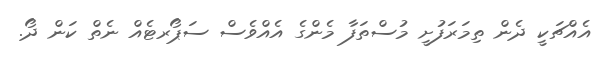
އެއްޗަކީ ދެން ތިމަރަފުށީ މުސްތަފާ މެންގެ އެއްވެސް ސަޕޯރޓެއް ނެތް ކަން ދޯ.